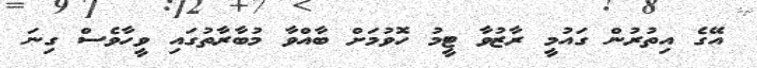
އޭގެ އިތުރުން ގައުމީ ރާޒުވާ ޓީމު ހޮވުމަށް ބާއްވާ މުބާރާތުގައި ވީހާވެސް ގިނަ